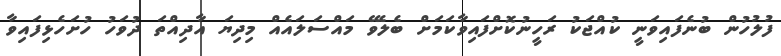
ފުލުހުން ބުނެފައިވަނީ ކުއްޖަކު ރަހީނުކޮށްފައިވާކަމަށް ބެލެވޭ މައްސަލައެއް މިދިޔަ އާދިއްތަ ދުވަހު ހުށަހެޅިފައިވާ